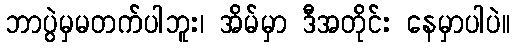
ဘာပွဲမှမတက်ပါဘူး၊ အိမ်မှာ ဒီအတိုင်း နေမှာပါပဲ။